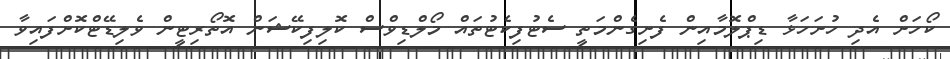
ކޯހަށް އެދި ހުށަހަޅާ ޑިޕްލޮމާއިން ފެށިގެންމަތީ ސެޓުފިކެޓުތައް މޯލްޑިވްސް ކޮލިފިކޭޝަން އޮތޯރިޓީން ވެލިޑޭޓްކޮށްފައިވާ